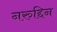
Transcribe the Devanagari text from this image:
नरुद्दिन